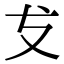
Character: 𭣔